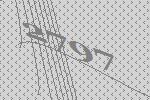
2797